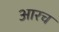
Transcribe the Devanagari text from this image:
आरच